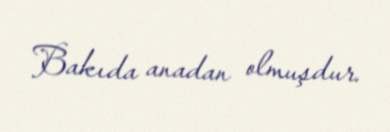
Bakıda anadan olmuşdur.